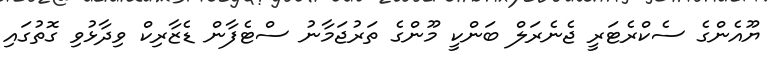
ޔޫއެންގެ ސެކްރެޓަރީ ޖެނެރަލް ބަންކީ މޫންގެ ތަރުޖަމާނު ސްޓެފާން ޑެޒާރިކް ވިދާޅުވި ގޮތުގައި